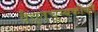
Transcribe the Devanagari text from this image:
वैद्युतचुम्बकीकी